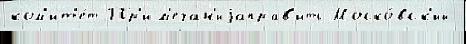
ком'ит'е́т Пр'им'ечан'иjаправ'ить Моско́вск'ий